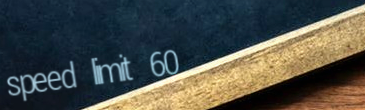
speed limit 60